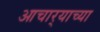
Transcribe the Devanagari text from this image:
आचार्‍याच्या